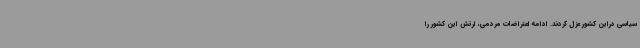
سیاسی دراین کشور عزل کردند. ادامه اعتراضات مردمی، ارتش این کشور را